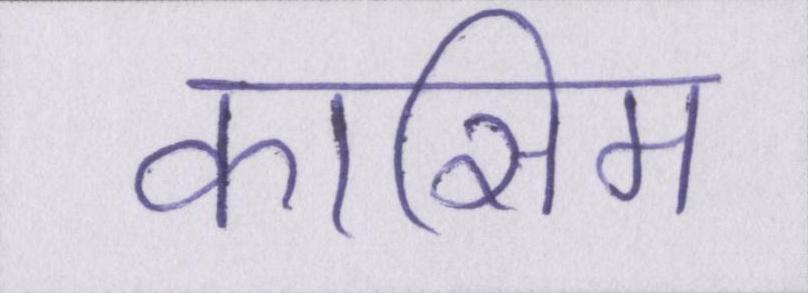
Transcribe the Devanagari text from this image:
कासिम